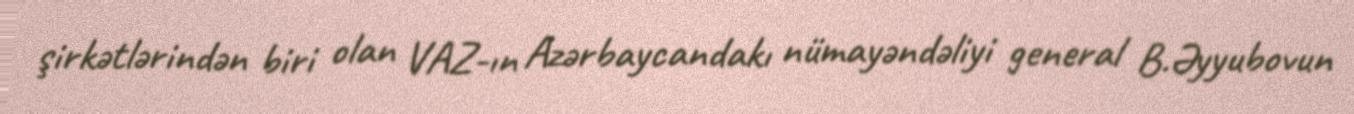
şirkətlərindən biri olan VAZ-ın Azərbaycandakı nümayəndəliyi general B.Əyyubovun